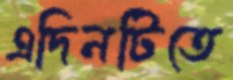
এদিনটিতে